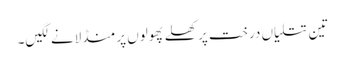
تین تتلیاں درخت پر کھلے پھولوں پر منڈلانے لگیں۔